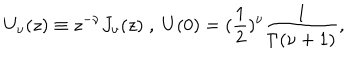
LaTeX: U _ { \nu } ( z ) \equiv z ^ { - \nu } J _ { \nu } ( z ) \; , \; U ( 0 ) = ( \frac { 1 } { 2 } ) ^ { \nu } \frac { 1 } { \Gamma ( \nu + 1 ) } ,